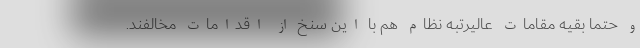
و حتما بقیه مقامات عالیرتبه نظام هم با این سنخ از اقدامات مخالفند.